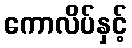
ကောလိပ်နှင့်